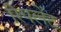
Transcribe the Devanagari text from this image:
रिपलेंट